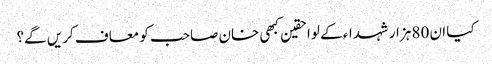
کیا ان 80 ہزار شہداء کے لواحقین کبھی خان صاحب کو معاف کریں گے؟